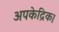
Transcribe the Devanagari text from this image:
अपकेद्रिक।